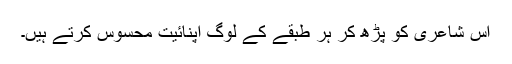
اس شاعری کو پڑھ کر ہر طبقے کے لوگ اپنائیت محسوس کرتے ہیں۔